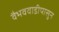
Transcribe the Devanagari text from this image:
वैभववाडीपासुन